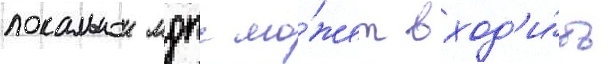
локальнои мдпс мо́жет вход'и́ть